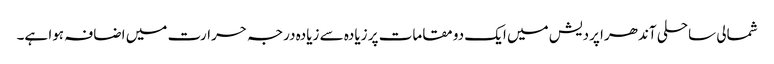
شمالی ساحلی آندھرا پردیش میں ایک دو مقامات پر زیادہ سے زیادہ درجہ حرارت میں اضافہ ہوا ہے۔